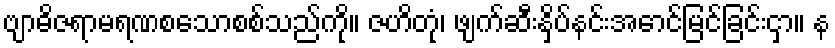
ဗျာဓိဇရာမရဏစသောစစ်သည်ကို။ ဇဟိတုံ၊ ဖျက်ဆီးနှိပ်နင်းအောင်မြင်ခြင်းငှာ။ န